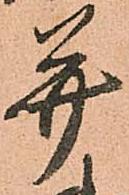
并